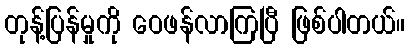
တုန့်ပြန်မှုကို ဝေဖန်လာကြပြီ ဖြစ်ပါတယ်။